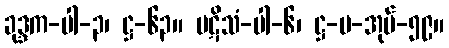
ခုဒ္ဒက-ပါ-၃၊ ဋ္ဌ-၆၃။ ပဋိသံ-ပါ-၆၊ ဋ္ဌ-ပ-အုပ်-၅၉။